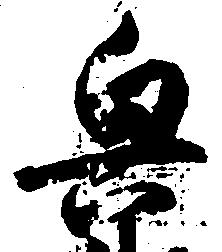
興